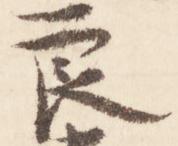
良